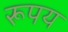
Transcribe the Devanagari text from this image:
रूपय